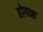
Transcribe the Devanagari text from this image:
होगाश